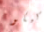
كيكو